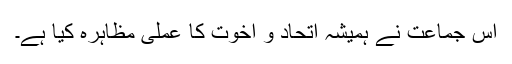
اس جماعت نے ہمیشہ اتحاد و اخوت کا عملی مظاہرہ کیا ہے۔